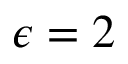
\epsilon = 2